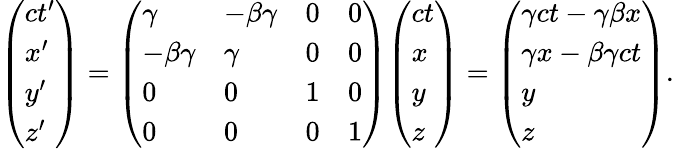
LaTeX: {\left(\begin{array}{l}{ct^{\prime}}\\ {x^{\prime}}\\ {y^{\prime}}\\ {z^{\prime}}\end{array}\right)}={\left(\begin{array}{llll}{\gamma}&{-\beta\gamma}&{0}&{0}\\ {-\beta\gamma}&{\gamma}&{0}&{0}\\ {0}&{0}&{1}&{0}\\ {0}&{0}&{0}&{1}\end{array}\right)}{\left(\begin{array}{l}{ct}\\ {x}\\ {y}\\ {z}\end{array}\right)}={\left(\begin{array}{l}{\gamma ct-\gamma\beta x}\\ {\gamma x-\beta\gamma ct}\\ {y}\\ {z}\end{array}\right)}.